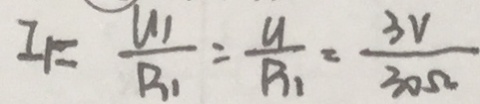
I _ { 1 } = \frac { U _ { 1 } } { R _ { 1 } } = \frac { U } { R _ { 1 } } = \frac { 3 V } { 3 0 \Omega }